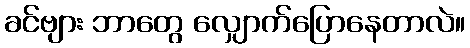
ခင်ဗျား ဘာတွေ လျှောက်ပြောနေတာလဲ။